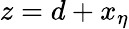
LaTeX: z=d+x_{\eta}